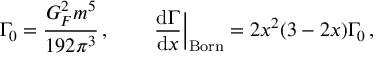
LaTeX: \Gamma _ { 0 } = \frac { G _ { F } ^ { 2 } m ^ { 5 } } { 1 9 2 \pi ^ { 3 } } \, , \qquad \left. \frac { \mathrm { d } \Gamma } { \mathrm { d } x } \right| _ { \mathrm { B o r n } } = 2 x ^ { 2 } ( 3 - 2 x ) \Gamma _ { 0 } \, ,